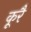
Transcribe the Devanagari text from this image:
कूरै